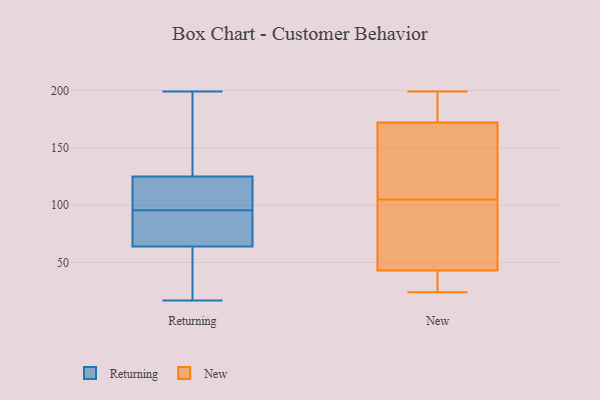
{"axis": {"x": "Bounce Rate (%)", "y": "Value"}, "legend": ["New", "Returning"], "data": [{"x": "", "y": 17, "type": "Returning"}, {"x": "", "y": 100, "type": "Returning"}, {"x": "", "y": 89, "type": "Returning"}, {"x": "", "y": 132, "type": "Returning"}, {"x": "", "y": 33, "type": "Returning"}, {"x": "", "y": 118, "type": "Returning"}, {"x": "", "y": 163, "type": "Returning"}, {"x": "", "y": 99, "type": "Returning"}, {"x": "", "y": 70, "type": "Returning"}, {"x": "", "y": 92, "type": "Returning"}, {"x": "", "y": 106, "type": "Returning"}, {"x": "", "y": 199, "type": "Returning"}, {"x": "", "y": 36, "type": "Returning"}, {"x": "", "y": 151, "type": "Returning"}, {"x": "", "y": 65, "type": "Returning"}, {"x": "", "y": 63, "type": "Returning"}, {"x": "", "y": 66, "type": "New"}, {"x": "", "y": 25, "type": "New"}, {"x": "", "y": 178, "type": "New"}, {"x": "", "y": 44, "type": "New"}, {"x": "", "y": 199, "type": "New"}, {"x": "", "y": 40, "type": "New"}, {"x": "", "y": 24, "type": "New"}, {"x": "", "y": 105, "type": "New"}, {"x": "", "y": 170, "type": "New"}, {"x": "", "y": 69, "type": "New"}, {"x": "", "y": 116, "type": "New"}, {"x": "", "y": 170, "type": "New"}, {"x": "", "y": 189, "type": "New"}]}